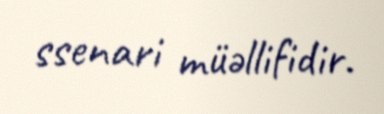
ssenari müəllifidir.